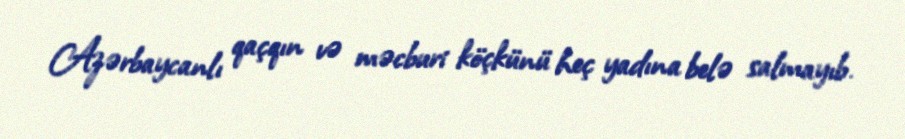
Azərbaycanlı qaçqın və məcburi köçkünü heç yadına belə salmayıb.